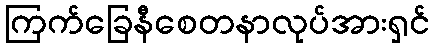
ကြက်ခြေနီစေတနာလုပ်အားရှင်